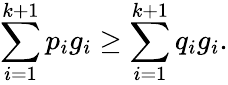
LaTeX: \sum_{i=1}^{k+1}p_{i}g_{i}\geq\sum_{i=1}^{k+1}q_{i}g_{i}.